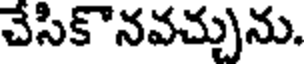
చేసికొనవచ్చును.